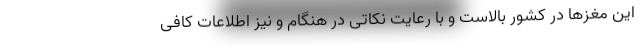
این مغزها در کشور بالاست و با رعایت نکاتی در هنگام و نیز اطلاعات کافی